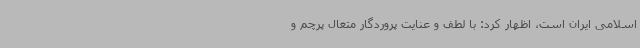
اسلامی ایران است، اظهار کرد: با لطف و عنایت پروردگار متعال پرچم و